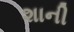
શાની